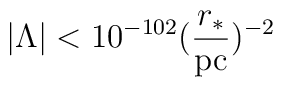
| \Lambda | < 10^{- 102} (\frac{r_*}{{\rm pc}})^{- 2}